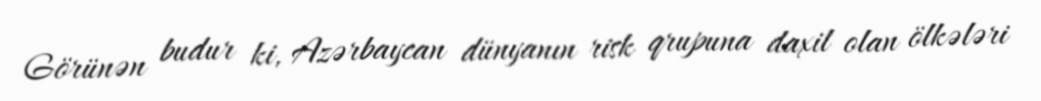
Görünən budur ki, Azərbaycan dünyanın risk qrupuna daxil olan ölkələri